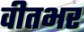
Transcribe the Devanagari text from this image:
वीतभर